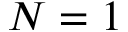
N = 1